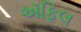
ઍફિલ